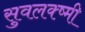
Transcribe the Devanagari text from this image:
सुवलक्ष्मी